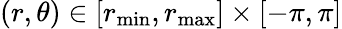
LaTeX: (r,\theta)\in[r_{\mathrm{min}},r_{\mathrm{max}}]\times[-\pi,\pi]